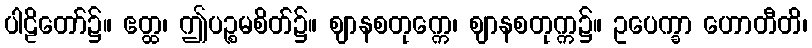
ပါဠိတော်၌။ ဧတ္ထ၊ ဤပဉ္စမစိတ်၌။ ဈာနစတုက္ကေ၊ ဈာနစတုက္က၌။ ဥပေက္ခာ ဟောတီတိ၊